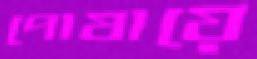
পোষায়ে